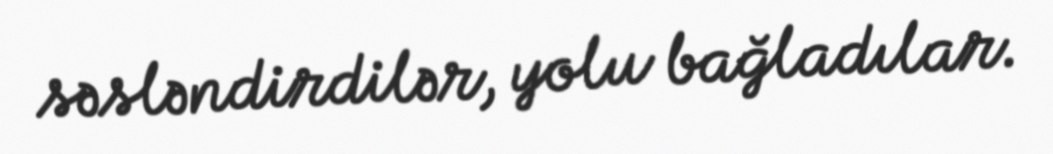
səsləndirdilər, yolu bağladılar.